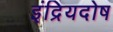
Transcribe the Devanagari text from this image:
इंद्रियदोष